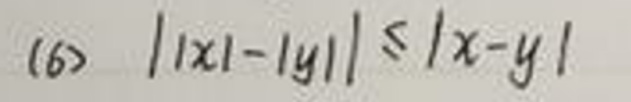
(6) \(||x|-|y||\leq|x - y|\)